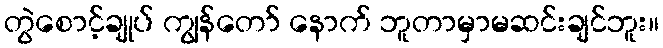
တွဲစောင့်ချုပ် ကျွန်တော် နောက် ဘူတာမှာမဆင်းချင်ဘူး။